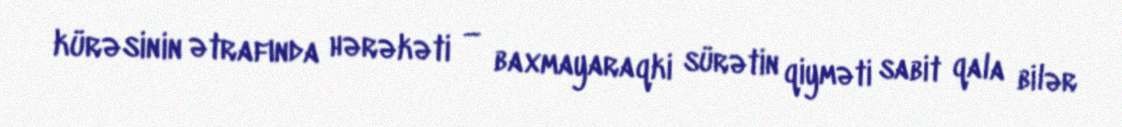
kürəsinin ətrafında hərəkəti — baxmayaraqki sürətin qiyməti sabit qala bilər